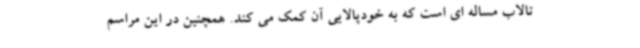
تالاب مساله ای است که به خودپالایی آن کمک می کند. همچنین در این مراسم